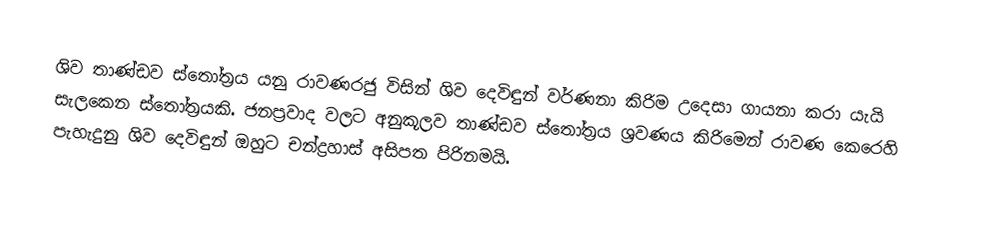
ශිව තාණ්ඩව ස්තෝත්‍රය යනු රාවණරජු විසින් ශිව දෙවිඳුන් වර්ණනා කිරිම උදෙසා ගායනා කරා යැයි සැලකෙන ස්තෝත්‍රයකි. ජනප්‍රවාද වලට අනුකූලව තාණ්ඩව ස්තෝත්‍රය ශ්‍රවණය කිරිමෙන් රාවණ කෙරෙහි පැහැදුනු ශිව දෙවිඳුන් ඔහුට චන්ද්‍රහාස් අසිපත පිරිනමයි.